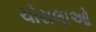
ચોસલાઓ